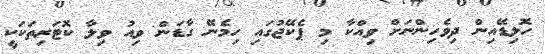
ހޮލިޑޭއިން ދިވެހިންނަށް ވިއްކާ މި ޕެކޭޖުގައި ހިމެނޭ ގާޑަން ވިއު ވިލާ ކޮޓަރިތަކަކީ